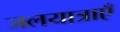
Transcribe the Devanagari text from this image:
जलयात्राएँ